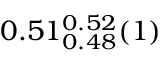
0 . 5 1 _ { 0 . 4 8 } ^ { 0 . 5 2 } ( 1 )